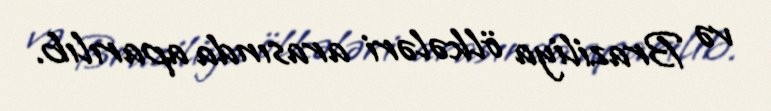
və Braziliya ölkələri arasında aparılıb.